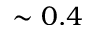
\sim 0 . 4